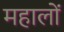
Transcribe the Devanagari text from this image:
महालों